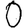
Digit: 0